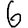
Digit: 6